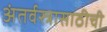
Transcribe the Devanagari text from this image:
अंतर्वस्त्रासाठीची